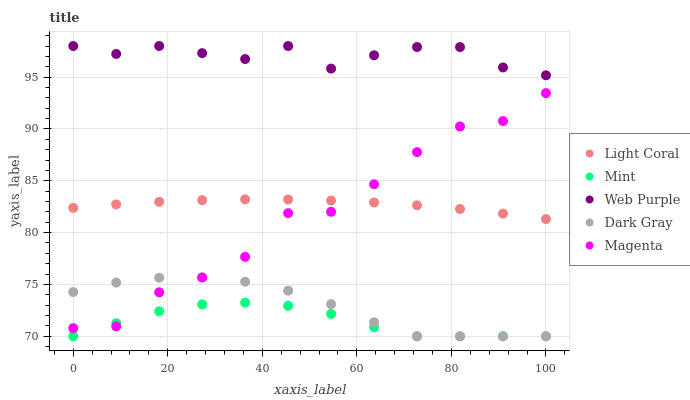
| xaxis_label | Light Coral | Mint | Web Purple | Dark Gray | Magenta |
 | --- | --- | --- | --- | --- | --- |
 | 0 | 82.4 | 70 | 98 | 74.3 | 70.8 |
 | 9.09 | 82.7 | 71.3 | 97.2 | 75.2 | 71 |
 | 18.2 | 83 | 72.4 | 98 | 75.6 | 74.2 |
 | 27.3 | 83.1 | 73.1 | 97.3 | 75.7 | 75.7 |
 | 36.4 | 83.2 | 73.2 | 96.7 | 75.3 | 77.7 |
 | 45.5 | 83.2 | 72.9 | 98 | 74.4 | 81.9 |
 | 54.5 | 83.1 | 72.2 | 95.8 | 73.1 | 82 |
 | 63.6 | 82.9 | 70.9 | 97.1 | 71.4 | 84.7 |
 | 72.7 | 82.6 | 70 | 97.9 | 70 | 87.8 |
 | 81.8 | 82.3 | 70 | 97.9 | 70 | 90.2 |
 | 90.9 | 81.8 | 70 | 95.9 | 70 | 90.8 |
 | 100 | 81.3 | 70 | 95.2 | 70 | 93.5 |